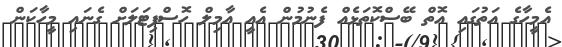
އެމީހާގެ އަތުގައި އޮތް ބޭސްކޮތަޅެއް ފެނުމުން އެއީ އާމިލް ހޮސްޕިޓަލަށް ގެނައި މީހާކަން